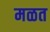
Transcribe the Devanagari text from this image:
मळत